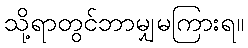
သို့ရာတွင်ဘာမျှမကြားရ။